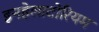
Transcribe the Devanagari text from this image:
इनहेलाटोरियम